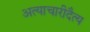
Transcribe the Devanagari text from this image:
अत्याचारीदैत्य